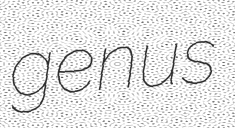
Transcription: genus